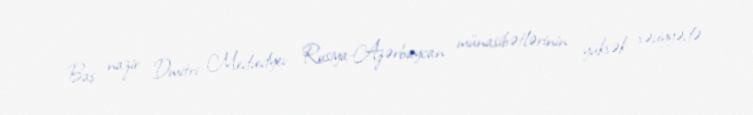
Baş nazir Dmitri Medvedyev Rusiya-Azərbaycan münasibətlərinin yüksək səviyyədə